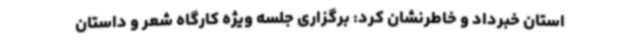
استان خبرداد و خاطرنشان کرد: برگزاری جلسه ویژه کارگاه شعر و داستان